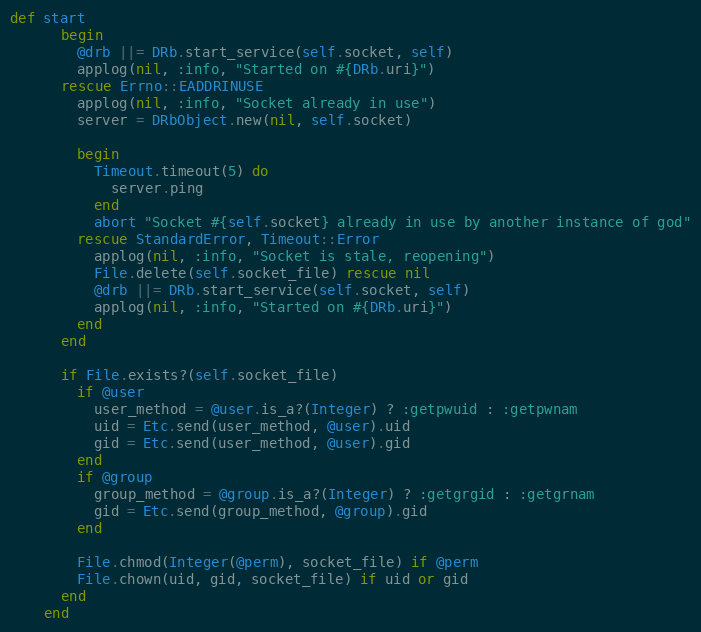
Language: Ruby
def start
      begin
        @drb ||= DRb.start_service(self.socket, self)
        applog(nil, :info, "Started on #{DRb.uri}")
      rescue Errno::EADDRINUSE
        applog(nil, :info, "Socket already in use")
        server = DRbObject.new(nil, self.socket)

        begin
          Timeout.timeout(5) do
            server.ping
          end
          abort "Socket #{self.socket} already in use by another instance of god"
        rescue StandardError, Timeout::Error
          applog(nil, :info, "Socket is stale, reopening")
          File.delete(self.socket_file) rescue nil
          @drb ||= DRb.start_service(self.socket, self)
          applog(nil, :info, "Started on #{DRb.uri}")
        end
      end

      if File.exists?(self.socket_file)
        if @user
          user_method = @user.is_a?(Integer) ? :getpwuid : :getpwnam
          uid = Etc.send(user_method, @user).uid
          gid = Etc.send(user_method, @user).gid
        end
        if @group
          group_method = @group.is_a?(Integer) ? :getgrgid : :getgrnam
          gid = Etc.send(group_method, @group).gid
        end

        File.chmod(Integer(@perm), socket_file) if @perm
        File.chown(uid, gid, socket_file) if uid or gid
      end
    end